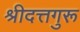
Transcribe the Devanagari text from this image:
श्रीदत्तगुरू